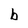
Character: b